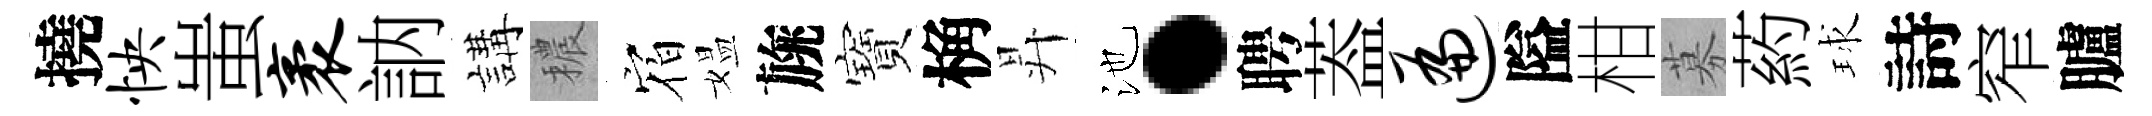
撓怏蚩袤訥講穠𪧐媪旐寶桷昇池·聘葢遍隘柑募葯球詩窄臚